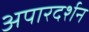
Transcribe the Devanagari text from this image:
अपारदर्शन